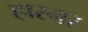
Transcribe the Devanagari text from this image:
हारनर